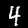
Digit: 4